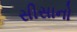
સીસાનો